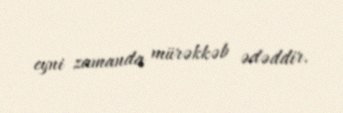
eyni zamanda mürəkkəb ədəddir.